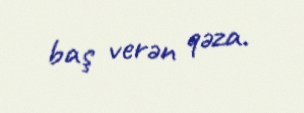
baş verən qəza.